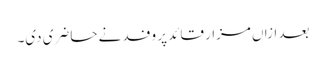
بعد ازاں مزار قائد پر وفد نے حاضری دی۔